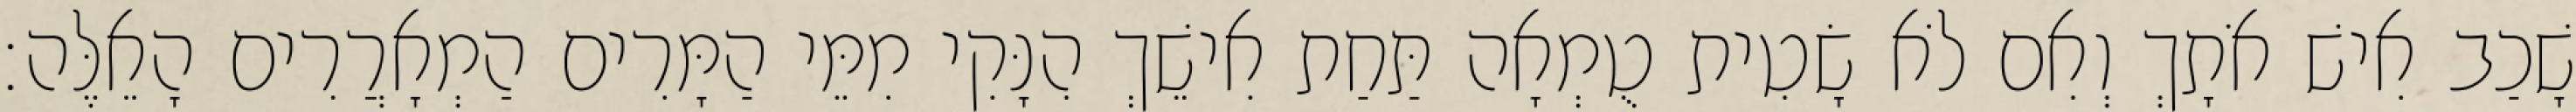
שָׁכַב אִישׁ אֹתָךְ וְאִם לֹא שָׂטִית טֻמְאָה תַּחַת אִישֵׁךְ הִנָּקִי מִמֵּי הַמָּרִים הַמְאָרֲרִים הָאֵלֶּה׃